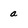
Character: a